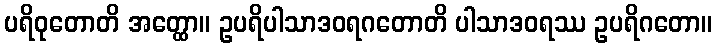
ပရိဝုတောတိ အတ္ထော။ ဥပရိပါသာဒဝရဂတောတိ ပါသာဒဝရဿ ဥပရိဂတော။